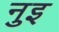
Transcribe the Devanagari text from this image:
नुइ